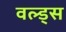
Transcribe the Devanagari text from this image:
वल्ड्स